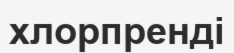
хлорпренді